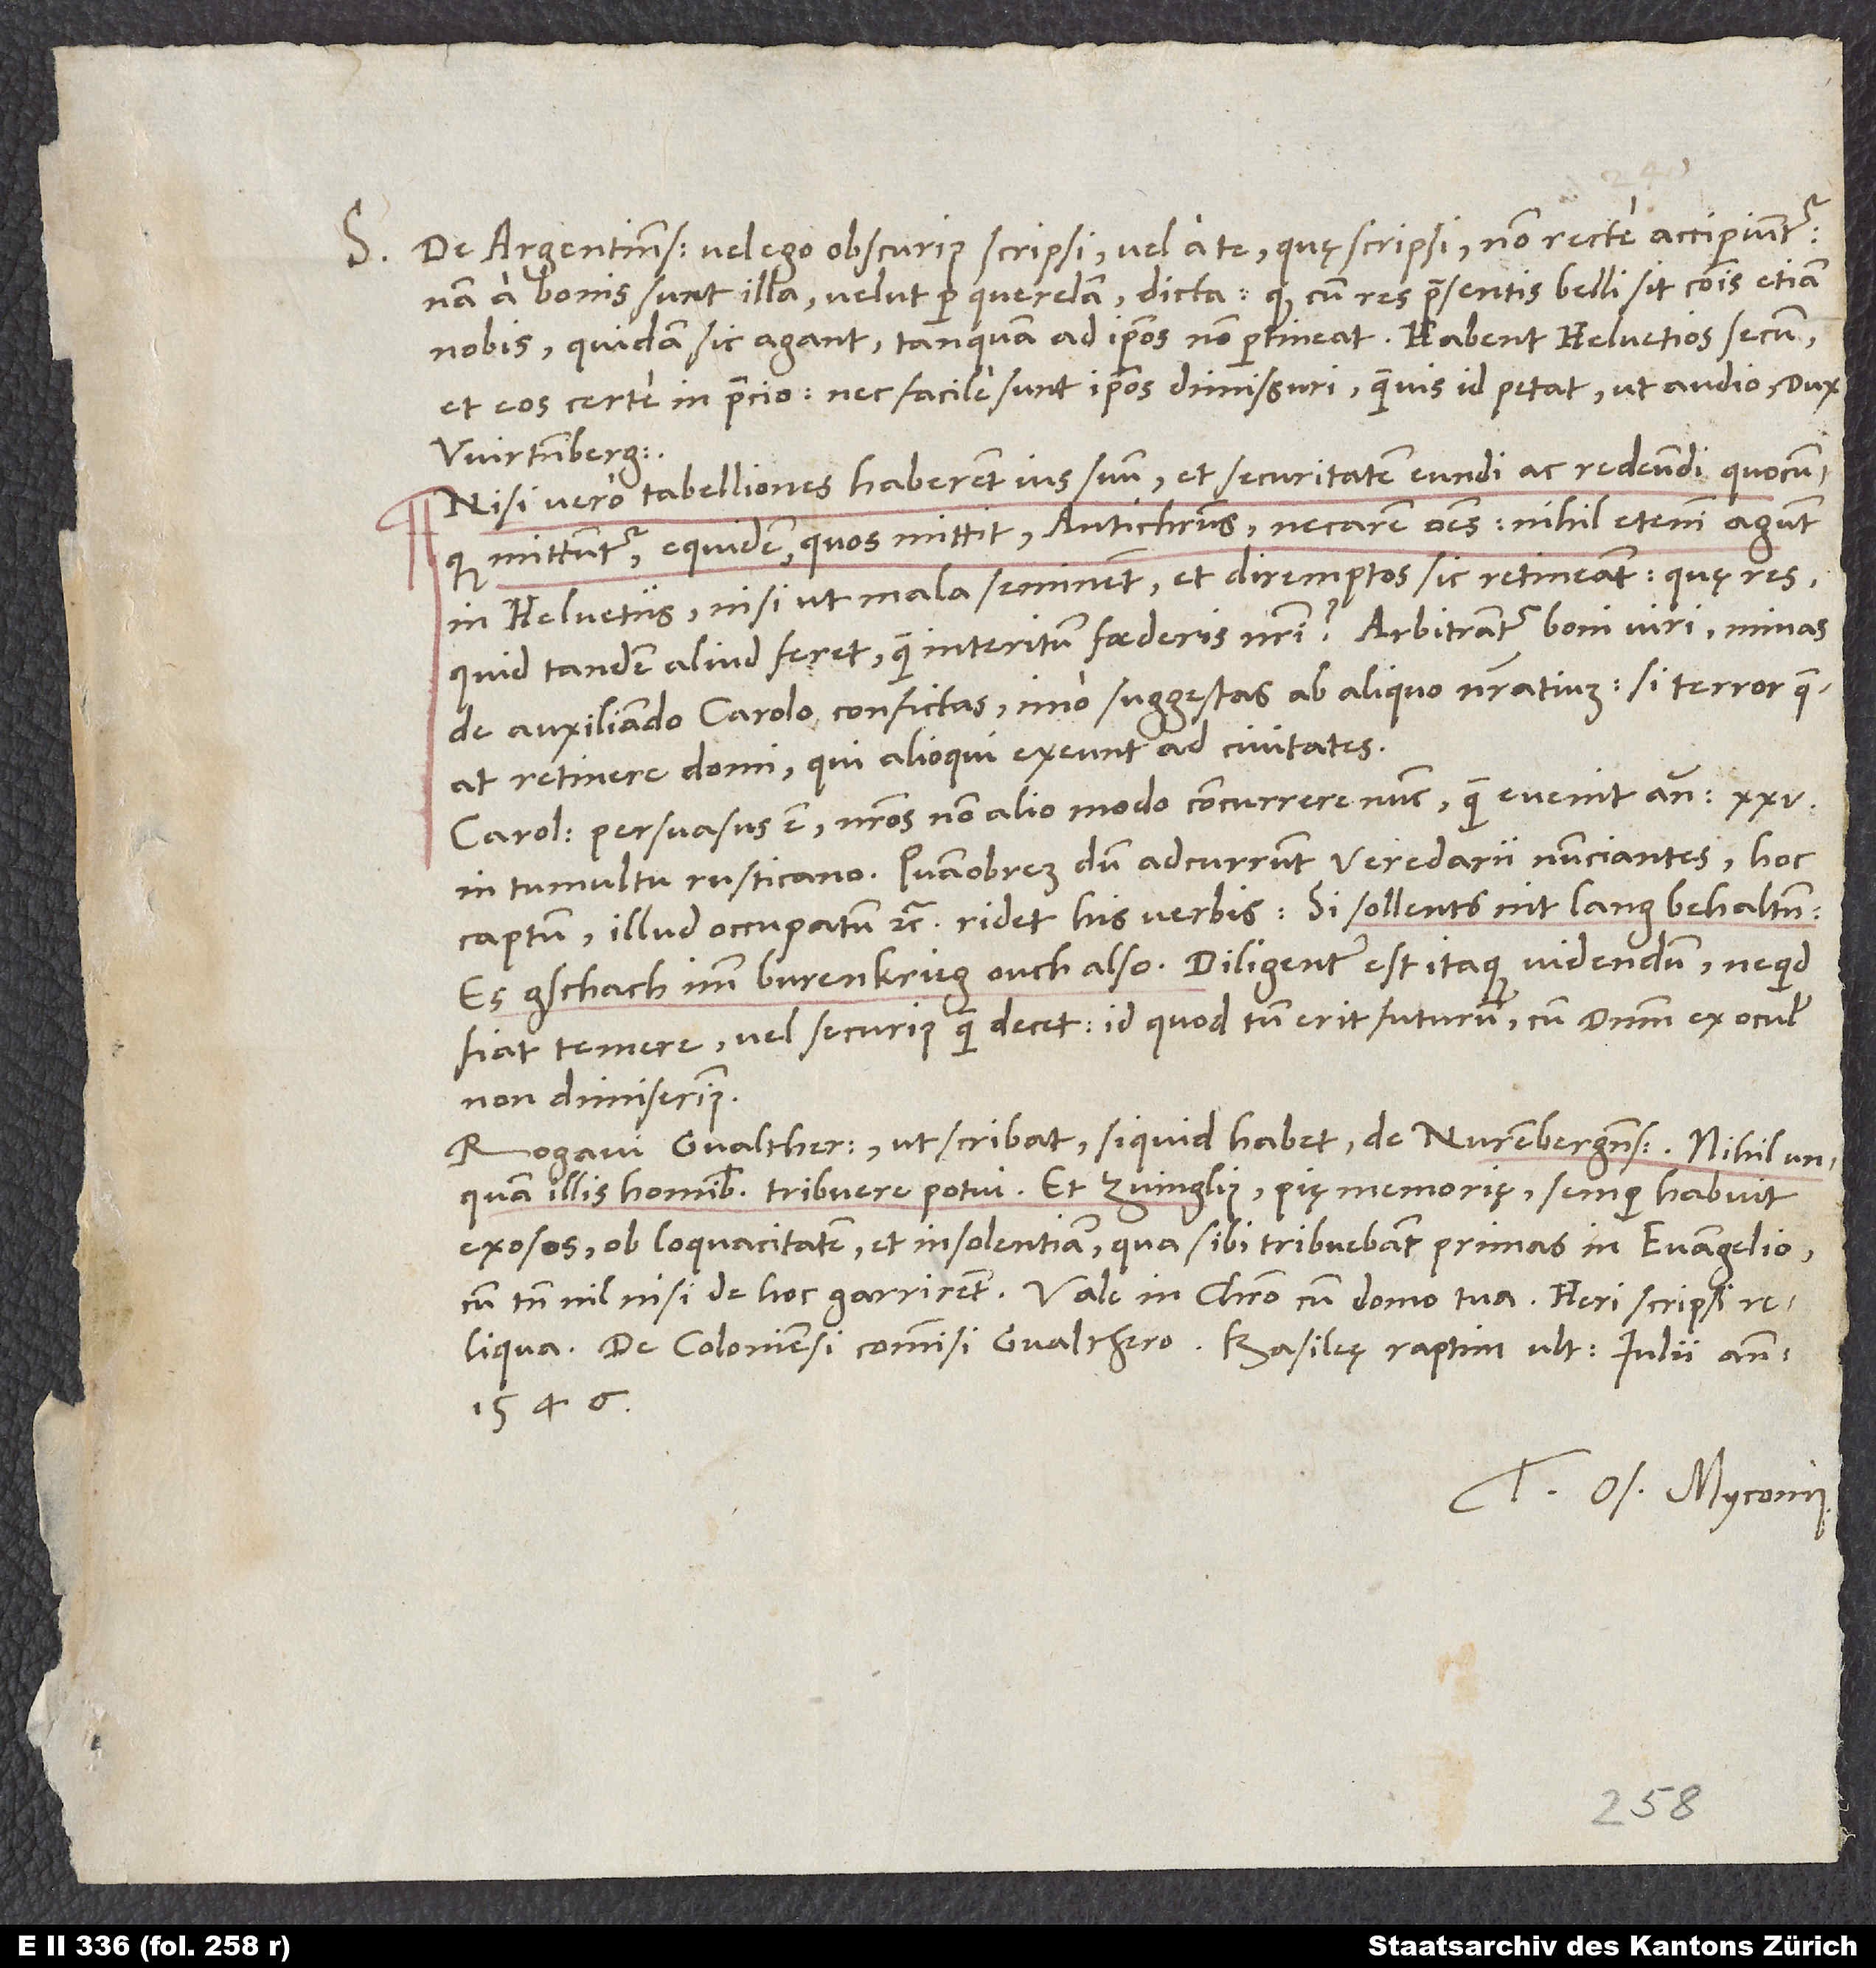
S. De Argentinensibus vel ego obscurius scripsi, vel a te, quę scripsi, non recte accipiuntur.
Nam a bonis sunt illa velut per querelam dicta, quod, cum res presentis belli sit communis etiam
nobis, quidam sic agant, tanquam ad ipsos non pertineat. Habent Helvetios secum
et eos certe in precio, nec facile sunt ipsos dimissuri, quamvis id petat, ut audio, dux
Wirtenbergensis.
Nisi vero tabelliones haberent ius suum et securitatem eundi ac redeundi quocunque
mittuntur, equidem, quos mittit antichristus, necarem omnes! Nihil etenim agunt
in Helvetiis, nisi ut mala seminent et diremptos sic retineant. Quę res
quid tandem aliud feret quam interitum foederis nostri? Arbitrantur boni viri minas
de auxiliando Carolo confictas, imo suggestas ab aliquo nostratium - si terror queat
retinere domi, qui alioqui exeunt ad Civitates.
Carolus persuasus est nostros non alio modo concurrere nunc, quam evenit anno 25.
in tumultu rusticano. Quamobrem, dum adcurrunt veredarii nunciantes hoc
captum, illud occupatum, etc., ridet his verbis: „Si sollents nit lang behalten;
es gschach imm burenkrieg ouch also.“ Diligenter est itaque videndum, ne quid
fiat temere vel securius, quam decet - id quod tamen erit futurum, cum dominum ex oculis
non dimiserimus.
Rogavi Gvaltherum, ut scribat, si quid habet de Nurenbergensibus. Nihil unquam
illis hominibus tribuere potui. Et Zvinglius pię memorię semper habuit
exosos ob loquacitatem et insolentiam, qua sibi tribuebant primas in evangelio,
reliqua. De Coloniensi commisi Gvalthero. Basileę raptim, ultima iulii anno
1546.
Tuus Os. Myconius.